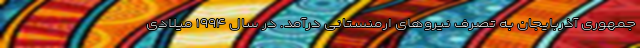
جمهوری آذربایجان به تصرف نیروهای ارمنستانی درآمد. در سال ۱۹۹۴ میلادی